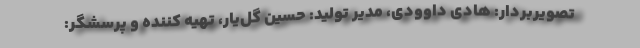
تصویربردار: هادی داوودی، مدیر تولید: حسین گل‌یار، تهیه کننده و پرسشگر: